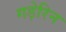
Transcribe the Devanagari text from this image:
गड़ेरिन